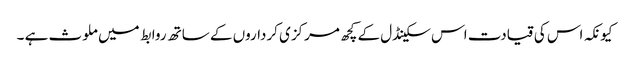
کیونکہ اس کی قیادت اس سکینڈل کے کچھ مرکزی کرداروں کے ساتھ روابط میں ملوث ہے ۔